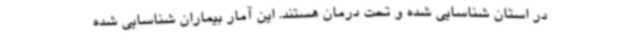
در استان شناسایی شده و تحت درمان هستند. این آمار بیماران شناسایی شده